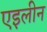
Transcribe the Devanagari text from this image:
एइलीन